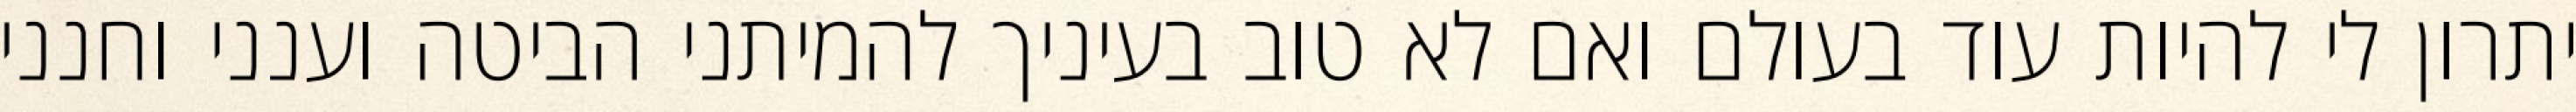
יתרון לי להיות עוד בעולם ואם לא טוב בעיניך להמיתני הביטה וענני וחנני